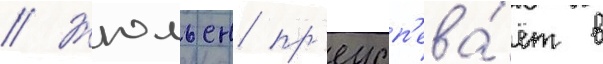
// Жюльен пр'еусп'ева́ет в